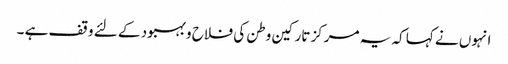
انہوں نے کہا کہ یہ مرکز تارکین وطن کی فلاح و بہبود کے لئے وقف ہے ۔